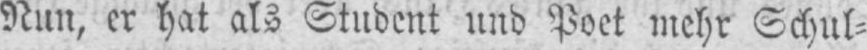
Nun, er hat als Student und Poet mehr Schul⸗